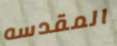
المقدسه